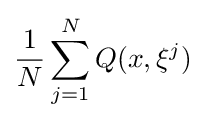
{\frac {1}{N}}\sum _{j=1}^{N}Q(x,\xi ^{j})